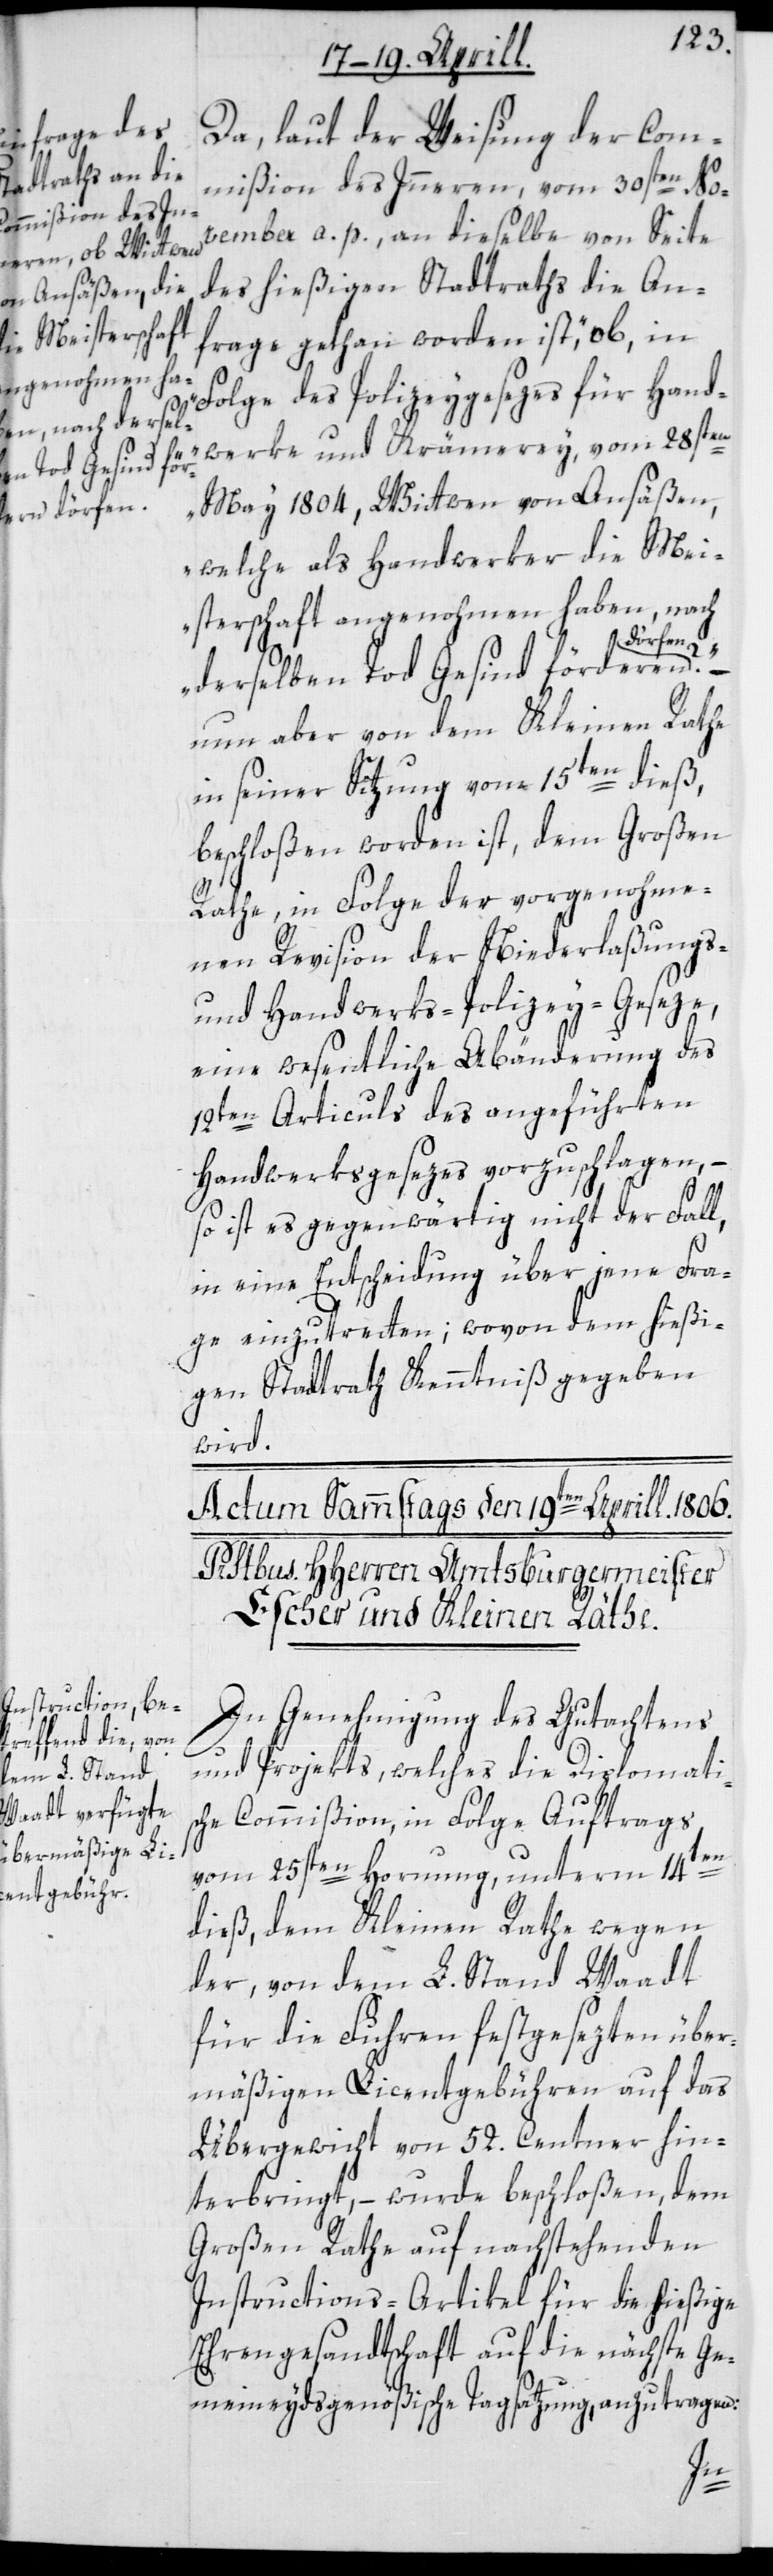
Da, laut der Weisung der Com¬
mißion des Innern, vom 30sten No¬
vember a. p., an dieselbe von Seite
des hießigen Stadtraths die An¬
frage gethan worden ist, „ob in
Folge des Polizeygesezes für Hand¬
werke und Krämerey vom 28sten
May 1804, Wittwen von Ansäßen,
welche als Handwerker die Mei¬
sterschaft angenohmen haben, nach
derselben Tod Gesind förderen
nun aber von dem Kleinen Rathe
in seiner Sitzung vom 15ten dieß,
beschloßen worden ist, dem Großen
Rathe, in Folge der vorgenohme¬
nen Revision der Niederlaßungs-
und Handwerks-Polizey-Gesetze,
eine wesentliche Abänderung des
12ten Articuls des angeführten
Handwerksgesezes vorzuschlagen, –
so ist es gegenwärtig nicht der Fall,
in eine Entscheidung über jene Fra¬
ge einzutretten; wovon dem hießi¬
gen Stadtrath Kenntniß gegeben
wird.
In Genehmigung des Gutachtens
und Projekts, welches die Diplomati¬
sche Commißion, in Folge Auftrags
vom 25sten Hornung, unterm 14ten
dieß, dem Kleinen Rathe wegen
der, von dem L. Stand Waadt
für die Fuhren festgesezten über¬
mäßigen Licentgebühren auf das
Übergewicht von 52. Centner hin¬
terbringt, – wurde beschloßen, dem
Großen Rathe auf nachstehenden
Instructions-Artikel für die hießige
Ehrengesandtschaft auf die nächste Ge¬
meineydsgenößische Tagsatzung, anzutragen: